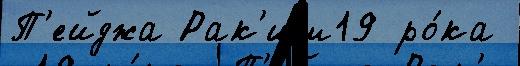
П'ейджа Рак'им19 ро́ка